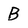
Character: B